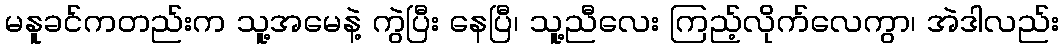
မနူခင်ကတည်းက သူ့အမေနဲ့ ကွဲပြီး နေပြီ၊ သူ့ညီလေး ကြည့်လိုက်လေကွာ၊ အဲဒါလည်း